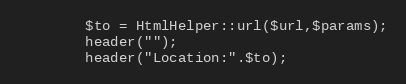
Language: PHP
        $to = HtmlHelper::url($url,$params);
        header("");
        header("Location:".$to);